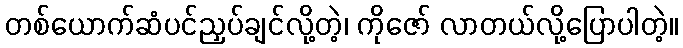
တစ်ယောက်ဆံပင်ညှပ်ချင်လို့တဲ့၊ ကိုဇော် လာတယ်လို့ပြောပါတဲ့။